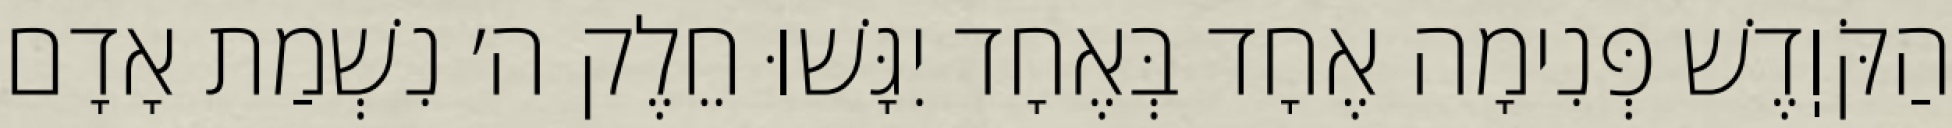
הַקֹּוֽדֶשׁ פְּנִימָה אֶחָד בְּאֶחָד יִגָּשׁוּ חֵלֶק ה׳ נִשְׁמַת אָדָם